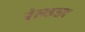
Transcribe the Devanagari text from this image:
बेमकसद